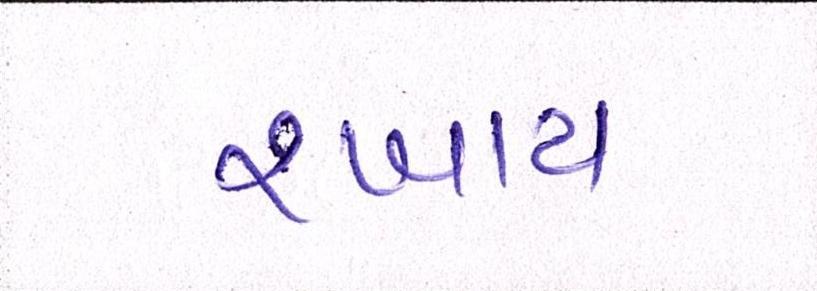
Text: રખાય